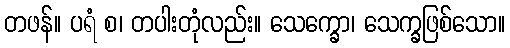
တဖန်။ ပရံ စ၊ တပါးတုံလည်း။ သေက္ခော၊ သေက္ခဖြစ်သော။